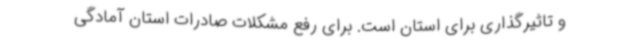
و تاثیرگذاری برای استان است. برای رفع مشکلات صادرات استان آمادگی